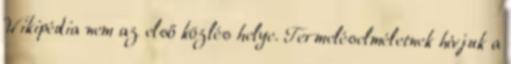
Wikipédia nem az első közlés helye. Termeléselméletnek hívjuk a